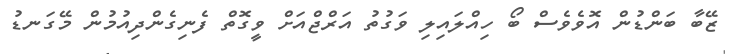
ޒޭބާ ބަންޑުން އޮވެވެސް ބޯ ހިއްލައިލި ވަގުތު އަރްޖްއަށް ވީގޮތް ފެނިގެންދިއުމުން މޭގަނޑު